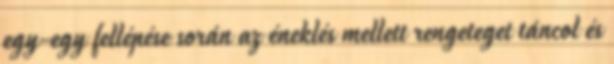
egy-egy fellépése során az éneklés mellett rengeteget táncol és